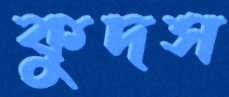
কুদস